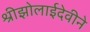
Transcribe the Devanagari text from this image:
श्रीझोलाईदेवीने